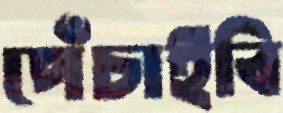
পেঁচাইবি